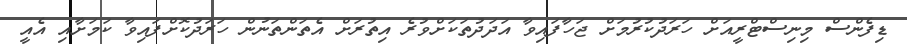
ޑިފެންސް މިނިސްޓްރީއަށް ހަރަދުކުރުމަށް ޖަހާފައިވާ އަދަދުތަކަށްވުރެ އިތުރަށް އެތަންތަނުން ހަރަދުކޮށްފައިވާ ކަމަށާއި އެއީ